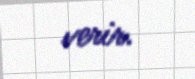
verir.